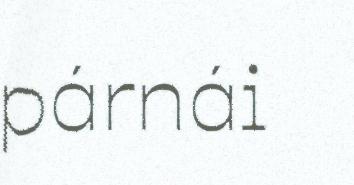
párnái